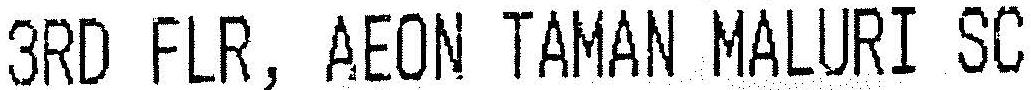
3RD FLR, AEON TAMAN MALURI SC